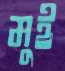
মুই